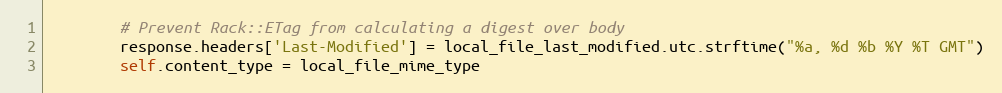
Language: Ruby
        # Prevent Rack::ETag from calculating a digest over body
        response.headers['Last-Modified'] = local_file_last_modified.utc.strftime("%a, %d %b %Y %T GMT")
        self.content_type = local_file_mime_type